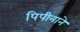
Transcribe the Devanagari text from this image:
पिपीनाने